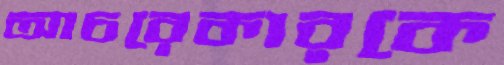
আচরেকারকে